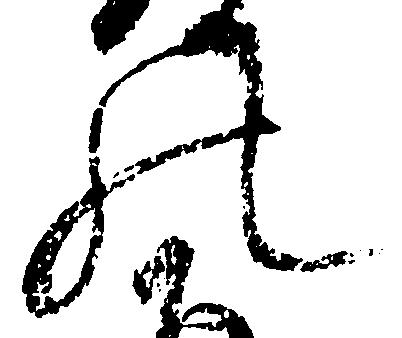
の